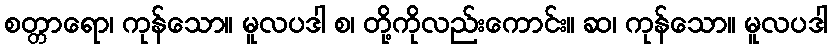
စတ္တာရော၊ ကုန်သော။ မူလပဒါ စ၊ တို့ကိုလည်းကောင်း။ ဆ၊ ကုန်သော။ မူလပဒါ